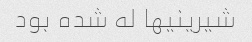
شیرینیها له شده بود